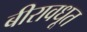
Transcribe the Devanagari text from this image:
बीरावधूत